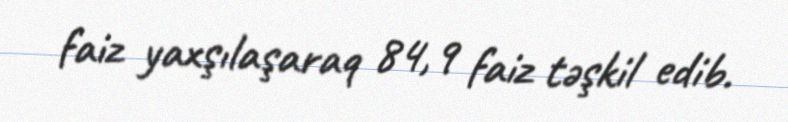
faiz yaxşılaşaraq 84,9 faiz təşkil edib.